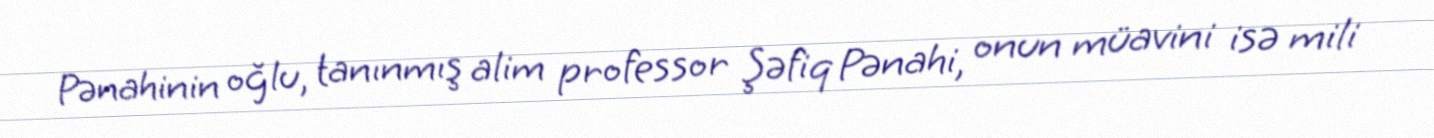
Pənahinin oğlu, tanınmış alim professor Şəfiq Pənahi, onun müavini isə mili